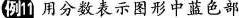
例11用分数表示图形中蓝色部